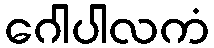
ဂေါပါလကံ